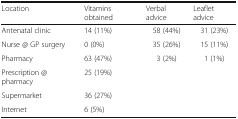
<table><thead><tr><td><b>Location</b></td><td><b>Vitamins obtained</b></td><td><b>Verbal advice</b></td><td><b>Leaflet advice</b></td></tr></thead><tbody><tr><td>Antenatal clinic</td><td>14 (11%)</td><td>58 (44%)</td><td>31 (23%)</td></tr><tr><td>Nurse @ GP surgery</td><td>0 (0%)</td><td>35 (26%)</td><td>15 (11%)</td></tr><tr><td>Pharmacy</td><td>63 (47%)</td><td>3 (2%)</td><td>1 (1%)</td></tr><tr><td>Prescription @ pharmacy</td><td>25 (19%)</td><td></td><td></td></tr><tr><td>Supermarket</td><td>36 (27%)</td><td></td><td></td></tr><tr><td>Internet</td><td>6 (5%)</td><td></td><td></td></tr></tbody></table>